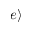
| e \rangle